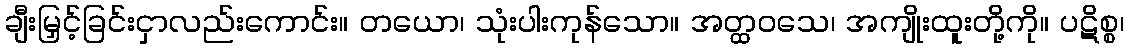
ချီးမြှင့်ခြင်းငှာလည်းကောင်း။ တယော၊ သုံးပါးကုန်သော။ အတ္ထဝသေ၊ အကျိုးထူးတို့ကို။ ပဋိစ္စ၊